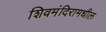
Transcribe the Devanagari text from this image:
शिवमंदिरामधील